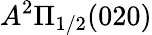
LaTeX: A^{2}\Pi_{1/2}(020)